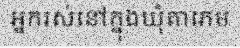
អ្នករស់នៅក្នុងឃុំតាភេម